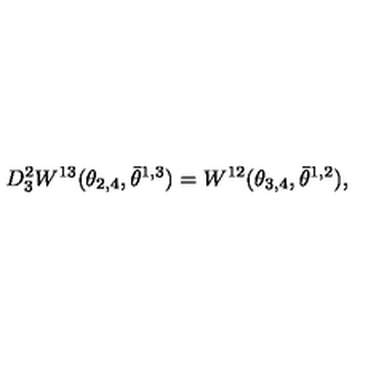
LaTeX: D _ { 3 } ^ { 2 } W ^ { 1 3 } ( \theta _ { 2 , 4 } , \bar { \theta } ^ { 1 , 3 } ) = W ^ { 1 2 } ( \theta _ { 3 , 4 } , \bar { \theta } ^ { 1 , 2 } ) ,